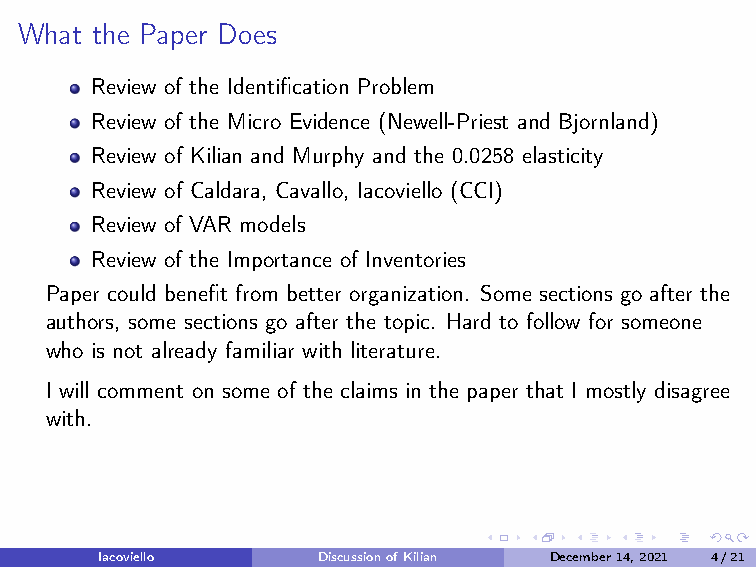
What the Paper Does
 Review of the Identification Problem
 Review of the Micro Evidence (Newell-Priest and Bjornland)
 Review of Kilian and Murphy and the 0.0258 elasticity
 Review of Caldara, Cavallo, Iacoviello (CCI)
 Review of VAR models
 Review of the Importance of Inventories
 Paper could benefit from better organization. Some sections go after the
 authors, some sections go after the topic. Hard to follow for someone
 who is not already familiar with literature.
 I will comment on some of the claims in the paper that I mostly disagree
 with.
 Iacoviello     DiscussionofKilian December14,2021 4/21